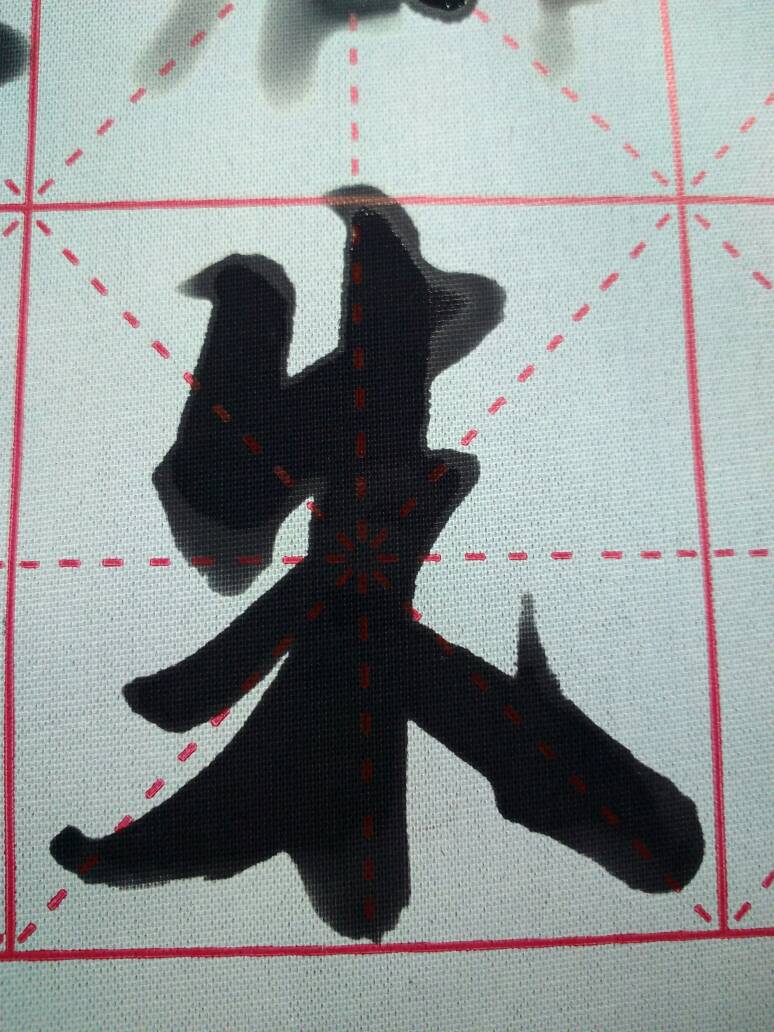
善善不进，恶恶不退贤者隐蔽，不肖在位国受其害。